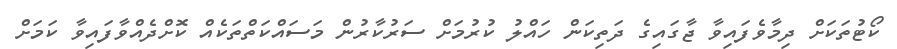
ކޯޓުތަކަށް ދިމާވެފައިވާ ޖާގައިގެ ދަތިކަން ހައްލު ކުރުމަށް ސަރުކާރުން މަސައްކަތްތަކެއް ކޮށްދެއްވާފައިވާ ކަމަށް